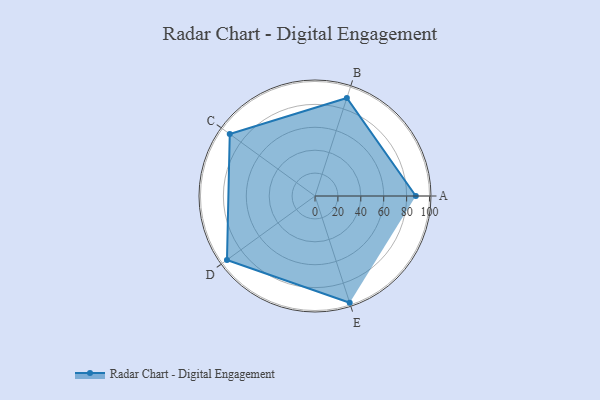
{"axis": {"x": "Skill", "y": "Score"}, "legend": ["Profile"], "data": [{"x": "A", "y": 88.0, "type": "Profile"}, {"x": "B", "y": 90.0, "type": "Profile"}, {"x": "C", "y": 92.0, "type": "Profile"}, {"x": "D", "y": 95.0, "type": "Profile"}, {"x": "E", "y": 98.0, "type": "Profile"}]}